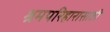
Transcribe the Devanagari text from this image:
श्रमपरिहारासाठी